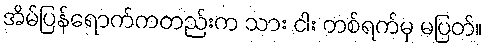
အိမ်ပြန်ရောက်ကတည်းက သား ငါး တစ်ရက်မှ မပြတ်။